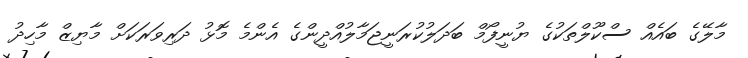
މާލޭގެ ބައެއް ސްކޫލްތަކުގެ ޔުނީފޯމް ބަދަލުކުރަނީޖަމާލުއްދީންގެ އެންމެ މޮޅު ދަރިވަރަކަށް މާޔިޒް މާހިދު